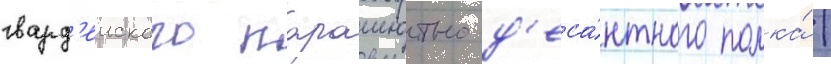
гвард'еиского парашютно-д'еса́нтного полка́ /